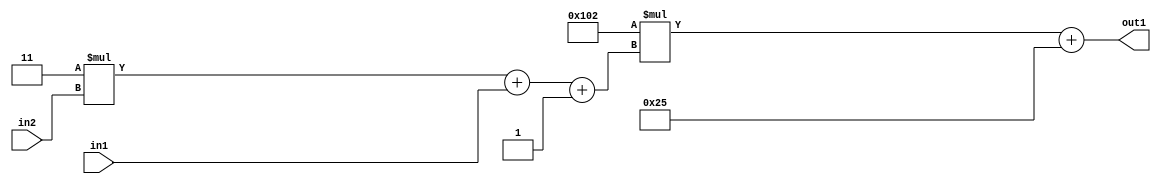
`timescale 1ps / 1ps
/*****************************************************************************
    Verilog RTL Description
    
    
    Created by: Stratus DpOpt 2019.1.01 
*******************************************************************************/

module DC_Filter_Add2i37Mul2i258Add3i1u1Mul2i3u2_1 (
	in2,
	in1,
	out1
	); /* architecture "behavioural" */ 
input [1:0] in2;
input  in1;
output [11:0] out1;
wire [11:0] asc001;
wire [3:0] asc002;

wire [3:0] asc002_tmp_0;
wire [3:0] asc002_tmp_1;
assign asc002_tmp_1 = 
	+(4'B0011 * in2);
assign asc002_tmp_0 = asc002_tmp_1
	+(in1);
assign asc002 = asc002_tmp_0
	+(4'B0001);

wire [11:0] asc001_tmp_2;
assign asc001_tmp_2 = 
	+(12'B000100000010 * asc002);
assign asc001 = asc001_tmp_2
	+(12'B000000100101);

assign out1 = asc001;
endmodule

/* CADENCE  vrP1Sgk= : u9/ySgnWtBlWxVPRXgAZ4Og= ** DO NOT EDIT THIS LINE ******/